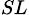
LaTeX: _{SL}